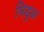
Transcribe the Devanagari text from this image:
विडुळ